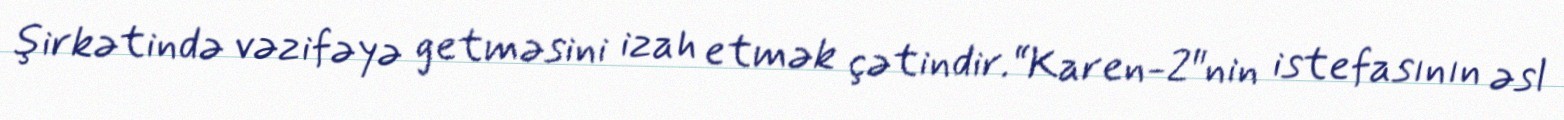
şirkətində vəzifəyə getməsini izah etmək çətindir.“Karen-2"nin istefasının əsl